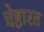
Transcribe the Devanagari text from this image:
चेष्टारत